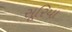
સૂરિયા